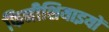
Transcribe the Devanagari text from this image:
फिनीशियाइयों